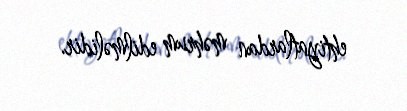
ehtiyatlardan məhrum edilməlidir.